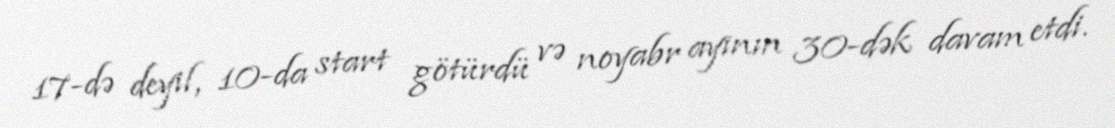
17-də deyil, 10-da start götürdü və noyabr ayının 30-dək davam etdi.